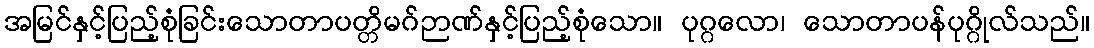
အမြင်နှင့်ပြည့်စုံခြင်းသောတာပတ္တိမဂ်ဉာဏ်နှင့်ပြည့်စုံသော။ ပုဂ္ဂလော၊ သောတာပန်ပုဂ္ဂိုလ်သည်။